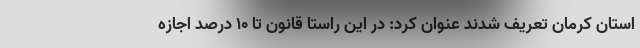
استان کرمان تعریف شدند عنوان کرد: در این راستا قانون تا ۱۰ درصد اجازه